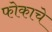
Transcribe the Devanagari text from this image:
फोकाचे